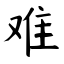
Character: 难